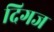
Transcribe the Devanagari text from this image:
दिगज